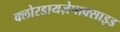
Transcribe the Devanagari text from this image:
क्लोरडायज़ेपाक्साइड